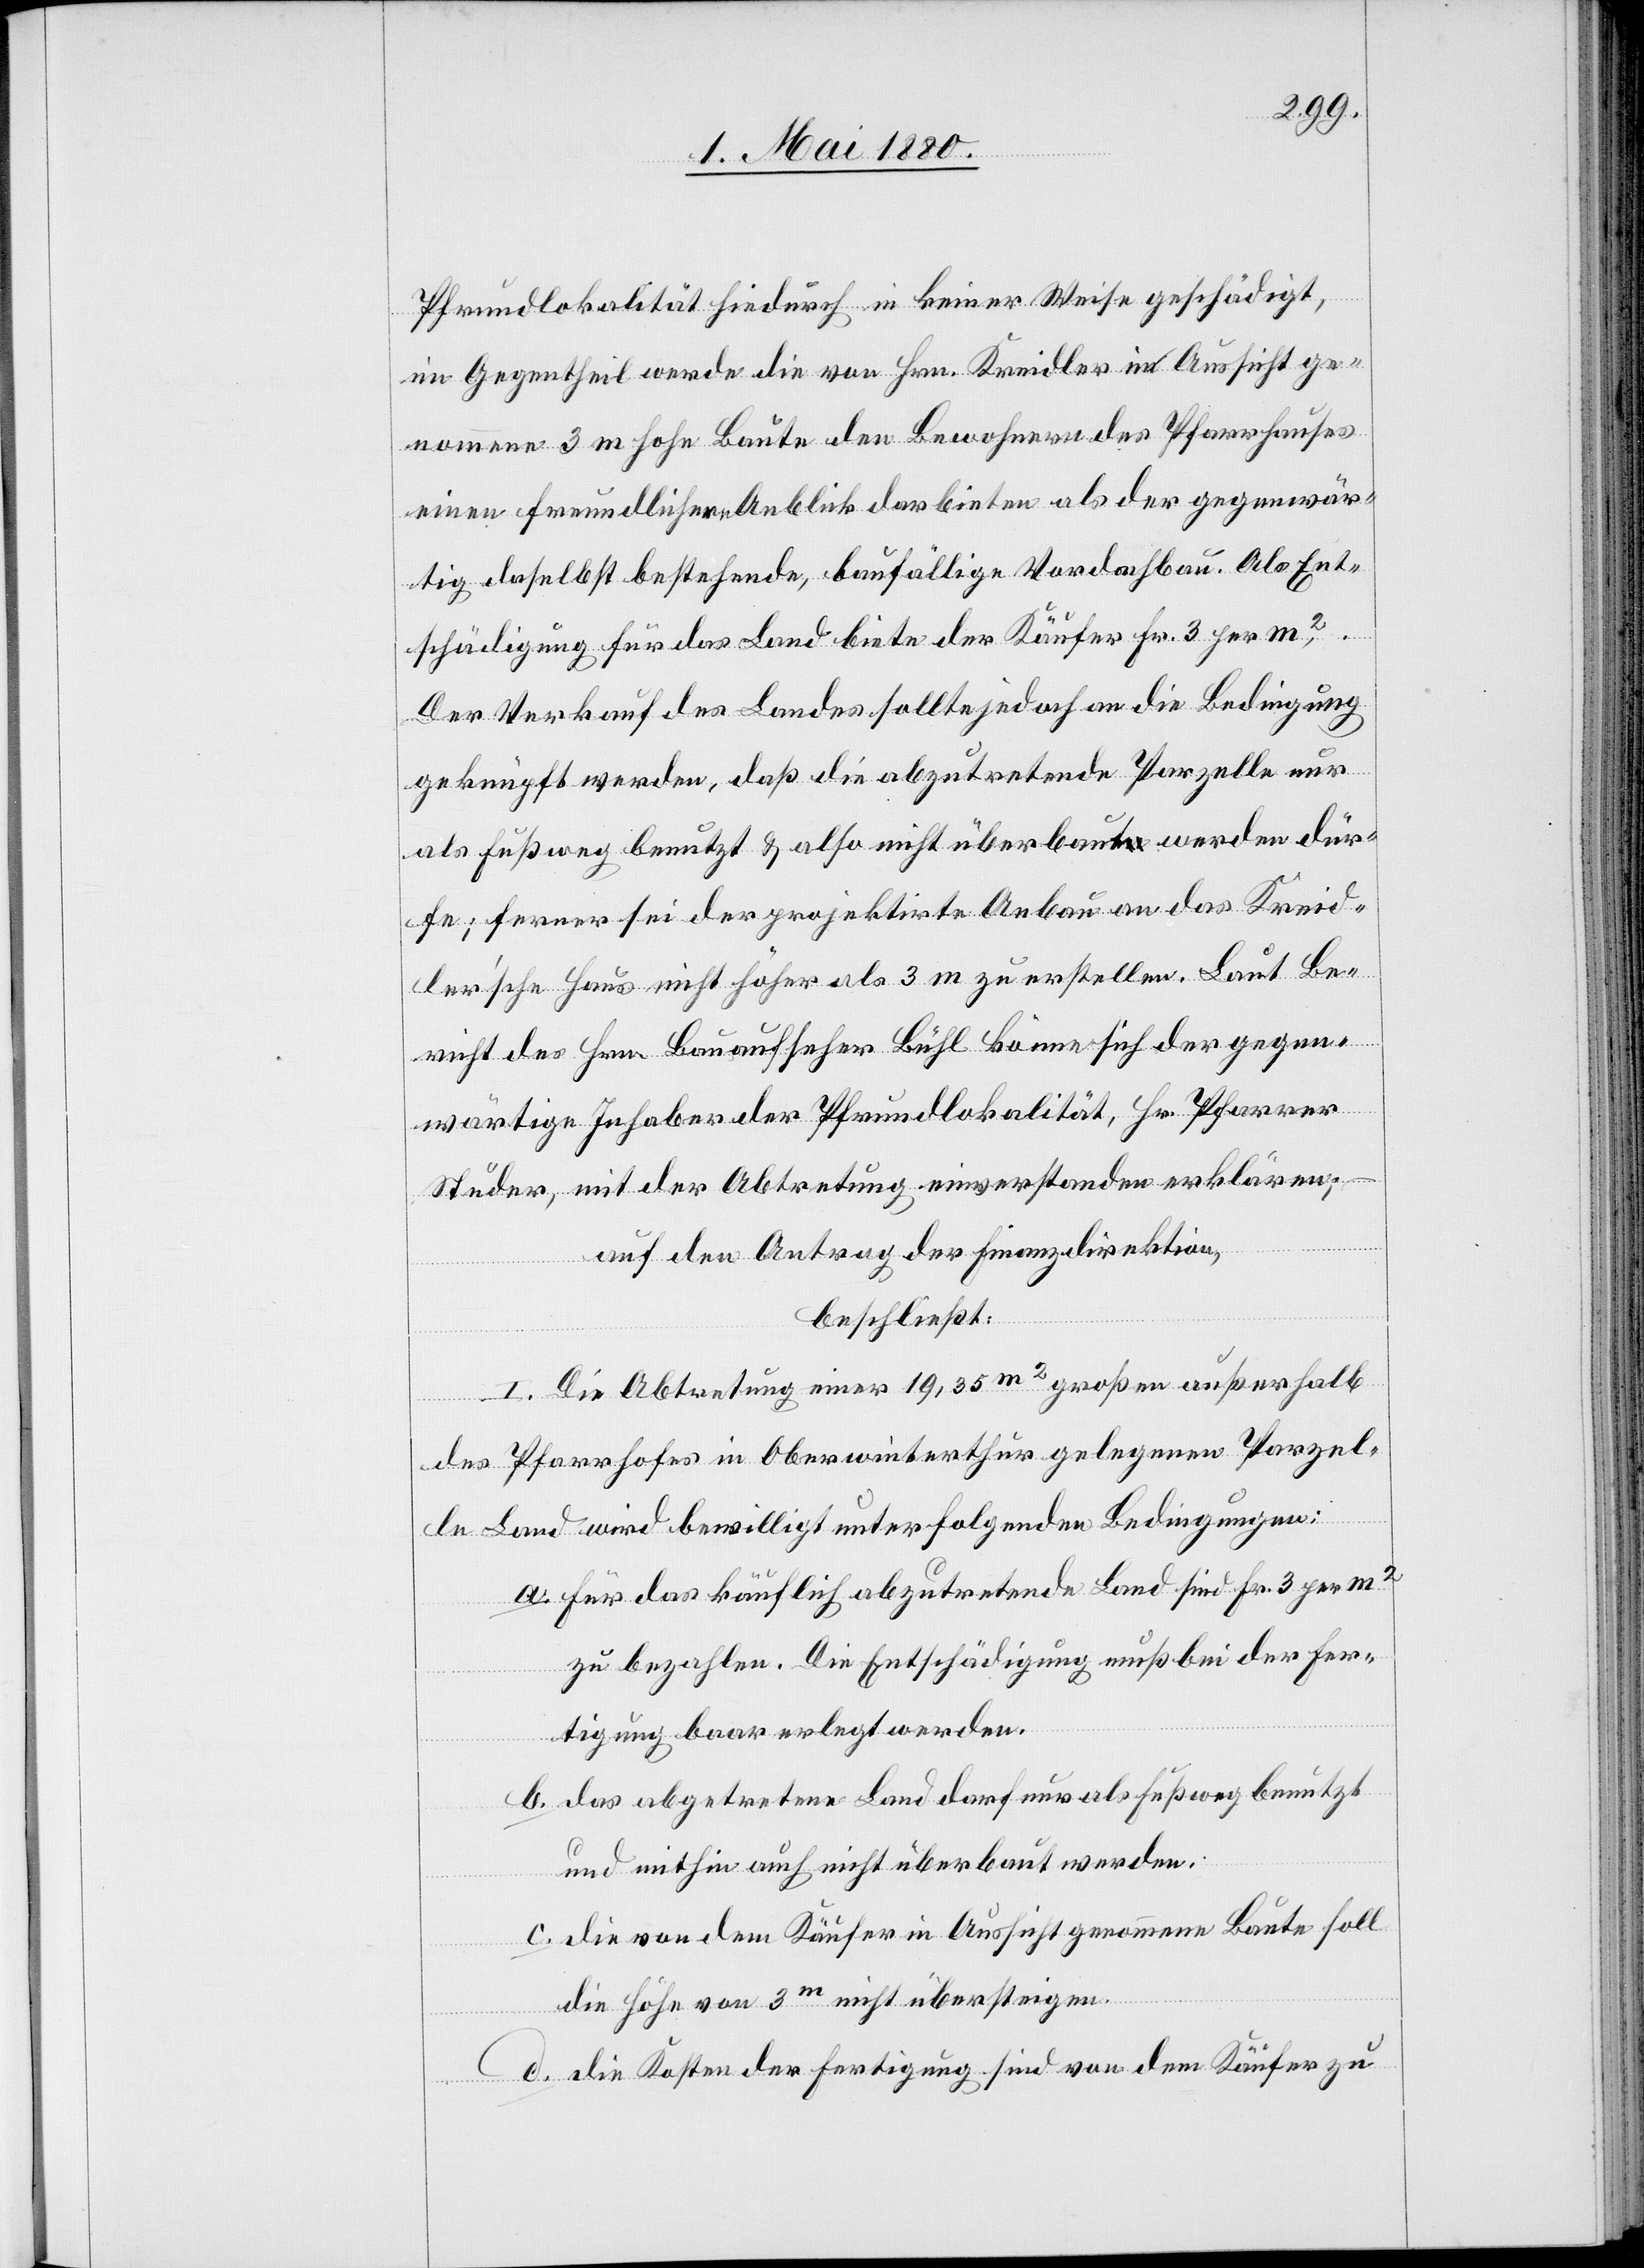
Pfrundlokalität hiedurch in keiner Weise geschädigt,
im Gegentheil werde die von Hrn. Kreidler in Aussicht ge¬
nommene 3 m hohe Baute den Bewohnern des Pfarrhauses
einen freundlichern Anblick darbieten als der gegenwär¬
tig daselbst bestehende, baufällige Vordachbau. Als Ent¬
schädigung für das Land biete der Käufer Fr. 3 per m2.
Der Verkauf des Landes sollte jedoch an die Bedingung
geknüpft werden, daß die abzutretende Parzelle nur
als Fußweg benutzt & also nicht überbaut werden dür¬
fe; ferner sei der projektirte Anbau an das Kreid¬
ler’sche Haus nicht höher als 3 m zu erstellen. Laut Be¬
richt des Hrn. Bauaufseher Bühl könne sich der gegen¬
wärtige Inhaber der Pfrundlokalität, Hr. Pfarrer
Studer mit der Abtretung einverstanden erklären,
auf den Antrag der Finanzdirektion,
beschließt:
I. Die Abtretung einer 19,35m2 großen außerhalb
des Pfarrhauses in Oberwinterthur gelegenen Parzel¬
le Land wird bewilligt unter folgenden Bedingungen:
a. für das käuflich abzutretende Land sind Fr. 3 per m2
zu bezahlen. Die Entschädigung muß bei der Fer¬
tigung baar erlegt werden.
b. das abgetretene Land darf nur als Fußweg benutzt
und mithin auch nicht überbaut werden.
c. die von dem Käufer in Aussicht genommene Baute soll
die Höhe von 3m nicht übersteigen.
d. die Kosten der Fertigung sind von dem Käufer zu